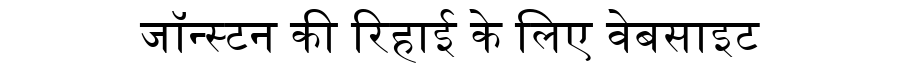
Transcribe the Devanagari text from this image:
जॉन्स्टन की रिहाई के लिए वेबसाइट